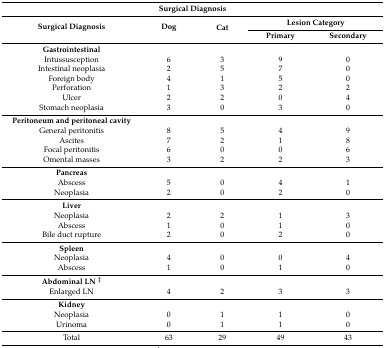
| <COLSPAN=5> Surgical Diagnosis |
 | <ROWSPAN=2> Surgical Diagnosis | <ROWSPAN=2> Dog | <ROWSPAN=2> Cat | <COLSPAN=2> Lesion Category |
 | Primary | Secondary |
 | --- | --- | --- | --- | --- |
 | Gastrointestinal |  |  |  |  |
 | Intussusception | 6 | 3 | 9 | 0 |
 | Intestinal neoplasia | 2 | 5 | 7 | 0 |
 | Foreign body | 4 | 1 | 5 | 0 |
 | Perforation | 1 | 3 | 2 | 2 |
 | Ulcer | 2 | 2 | 0 | 4 |
 | Stomach neoplasia | 3 | 0 | 3 | 0 |
 | Peritoneum and peritoneal cavity |  |  |  |  |
 | General peritonitis | 8 | 5 | 4 | 9 |
 | Ascites | 7 | 2 | 1 | 8 |
 | Focal peritonitis | 6 | 0 | 0 | 6 |
 | Omental masses | 3 | 2 | 2 | 3 |
 | Pancreas |  |  |  |  |
 | Abscess | 5 | 0 | 4 | 1 |
 | Neoplasia | 2 | 0 | 2 | 0 |
 | Liver |  |  |  |  |
 | Neoplasia | 2 | 2 | 1 | 3 |
 | Abscess | 1 | 0 | 1 | 0 |
 | Bile duct rupture | 2 | 0 | 2 | 0 |
 | Spleen |  |  |  |  |
 | Neoplasia | 4 | 0 | 0 | 4 |
 | Abscess | 1 | 0 | 1 | 0 |
 | Abdominal LN‡ |  |  |  |  |
 | Enlarged LN | 4 | 2 | 3 | 3 |
 | Kidney |  |  |  |  |
 | Neoplasia | 0 | 1 | 1 | 0 |
 | Urinoma | 0 | 1 | 1 | 0 |
 | Total | 63 | 29 | 49 | 43 |